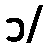
၁/